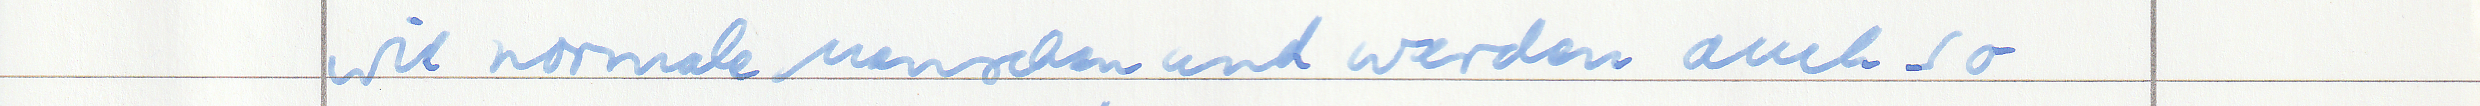
wie normale Menschen und werden auch so